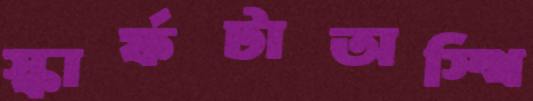
স্কার্ফটাঅস্থি